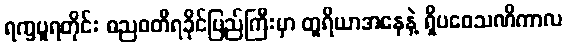
ရက္ခပူရတိုင်း ဓညဝတီရခိုင်ပြည်ကြီးမှာ တူရိယာအနေနဲ့ ရှိပဝေသဏိကာလ